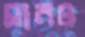
মানও